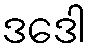
ဒဒေါ